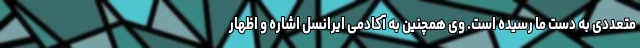
متعددی به دست ما رسیده است. وی همچنین به آکادمی ایرانسل اشاره و اظهار